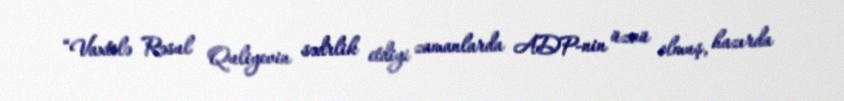
“Vaxtilə Rəsul Quliyevin sədrlik etdiyi zamanlarda ADP-nin üzvü olmuş, hazırda